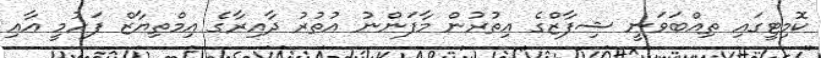
ކޮމިޓީގައި ތިއްބަވަނީ ޝިފާޒްގެ އިތުރުން މާފަންނު އުތުރު ދާއިރާގެ އިމްތިޔާޒް ފަހުމީ އާއި